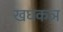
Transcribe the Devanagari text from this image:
खघकञ